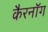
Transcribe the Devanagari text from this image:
कैरनॉग